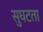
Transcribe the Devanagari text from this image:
सुघटता